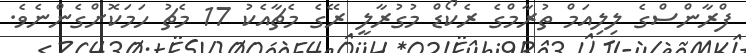
ފްރާންސްގެ ލިލިއަމް ތުރާމްގެ ރެކޯޑް މުގުރާލީ ރޭގެ މެޗާއެކު 17 މެޗު ހަމަކޮށްގެންނެވެ.